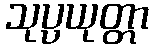
သုပ္ပယုတ္တာ